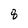
Character: 8